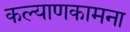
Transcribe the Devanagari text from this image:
कल्याणकामना